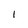
Character: I